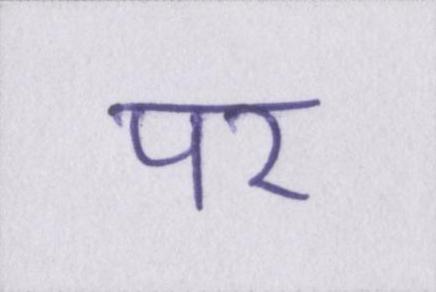
पर